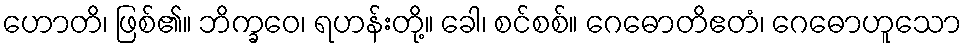
ဟောတိ၊ ဖြစ်၏။ ဘိက္ခဝေ၊ ရဟန်းတို့။ ခေါ၊ စင်စစ်။ ဂေဓောတိဧတံ၊ ဂေဓောဟူသော